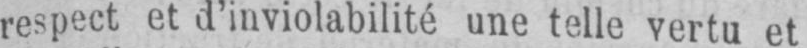
respect et d’inviolabilité une telle vertu et